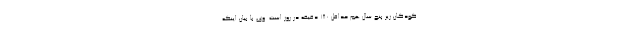
کودکان زیر پنج سال هم حداقل 180 دقیقه در روز است. وی با بیان اینکه